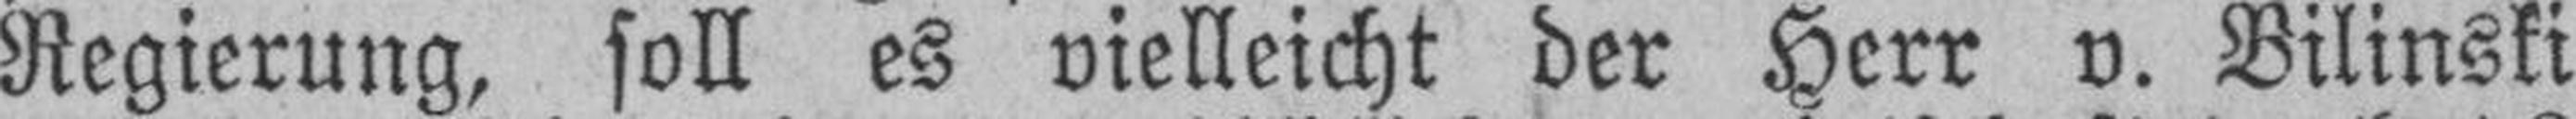
Regierung, soll es vielleicht der Herr v. Bilinski